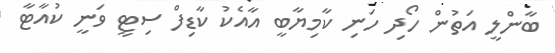
ބާންލީ އަތުން ހޯދި ހަނި ކާމިޔާބީ އާއެކު ކާޑިފް ސިޓީ ވަނީ ކުއާޓާ